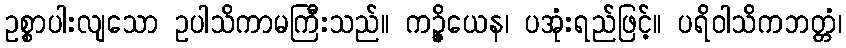
ဥစ္စာပါးလျသော ဥပါသိကာမကြီးသည်။ ကဉ္ဇိယေန၊ ပအုံးရည်ဖြင့်။ ပရိဝါသိကဘတ္တံ၊